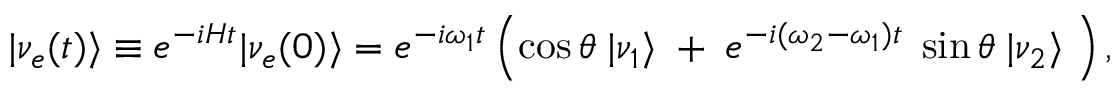
| \nu _ { e } ( t ) \rangle \equiv e ^ { - i H t } | \nu _ { e } ( 0 ) \rangle = e ^ { - i \omega _ { 1 } t } \left( \cos \theta \; | \nu _ { 1 } \rangle \; + \; e ^ { - i ( \omega _ { 2 } - \omega _ { 1 } ) t } \; \sin \theta \; | \nu _ { 2 } \rangle \; \right) ,